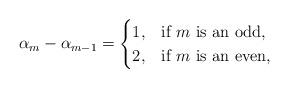
LaTeX: \begin{align*}\alpha_m-\alpha_{m-1}=\begin{cases}1,&\mbox{if $m$ is an odd,}\\2,& \mbox{if $m$ is an even,}\end{cases}\end{align*}